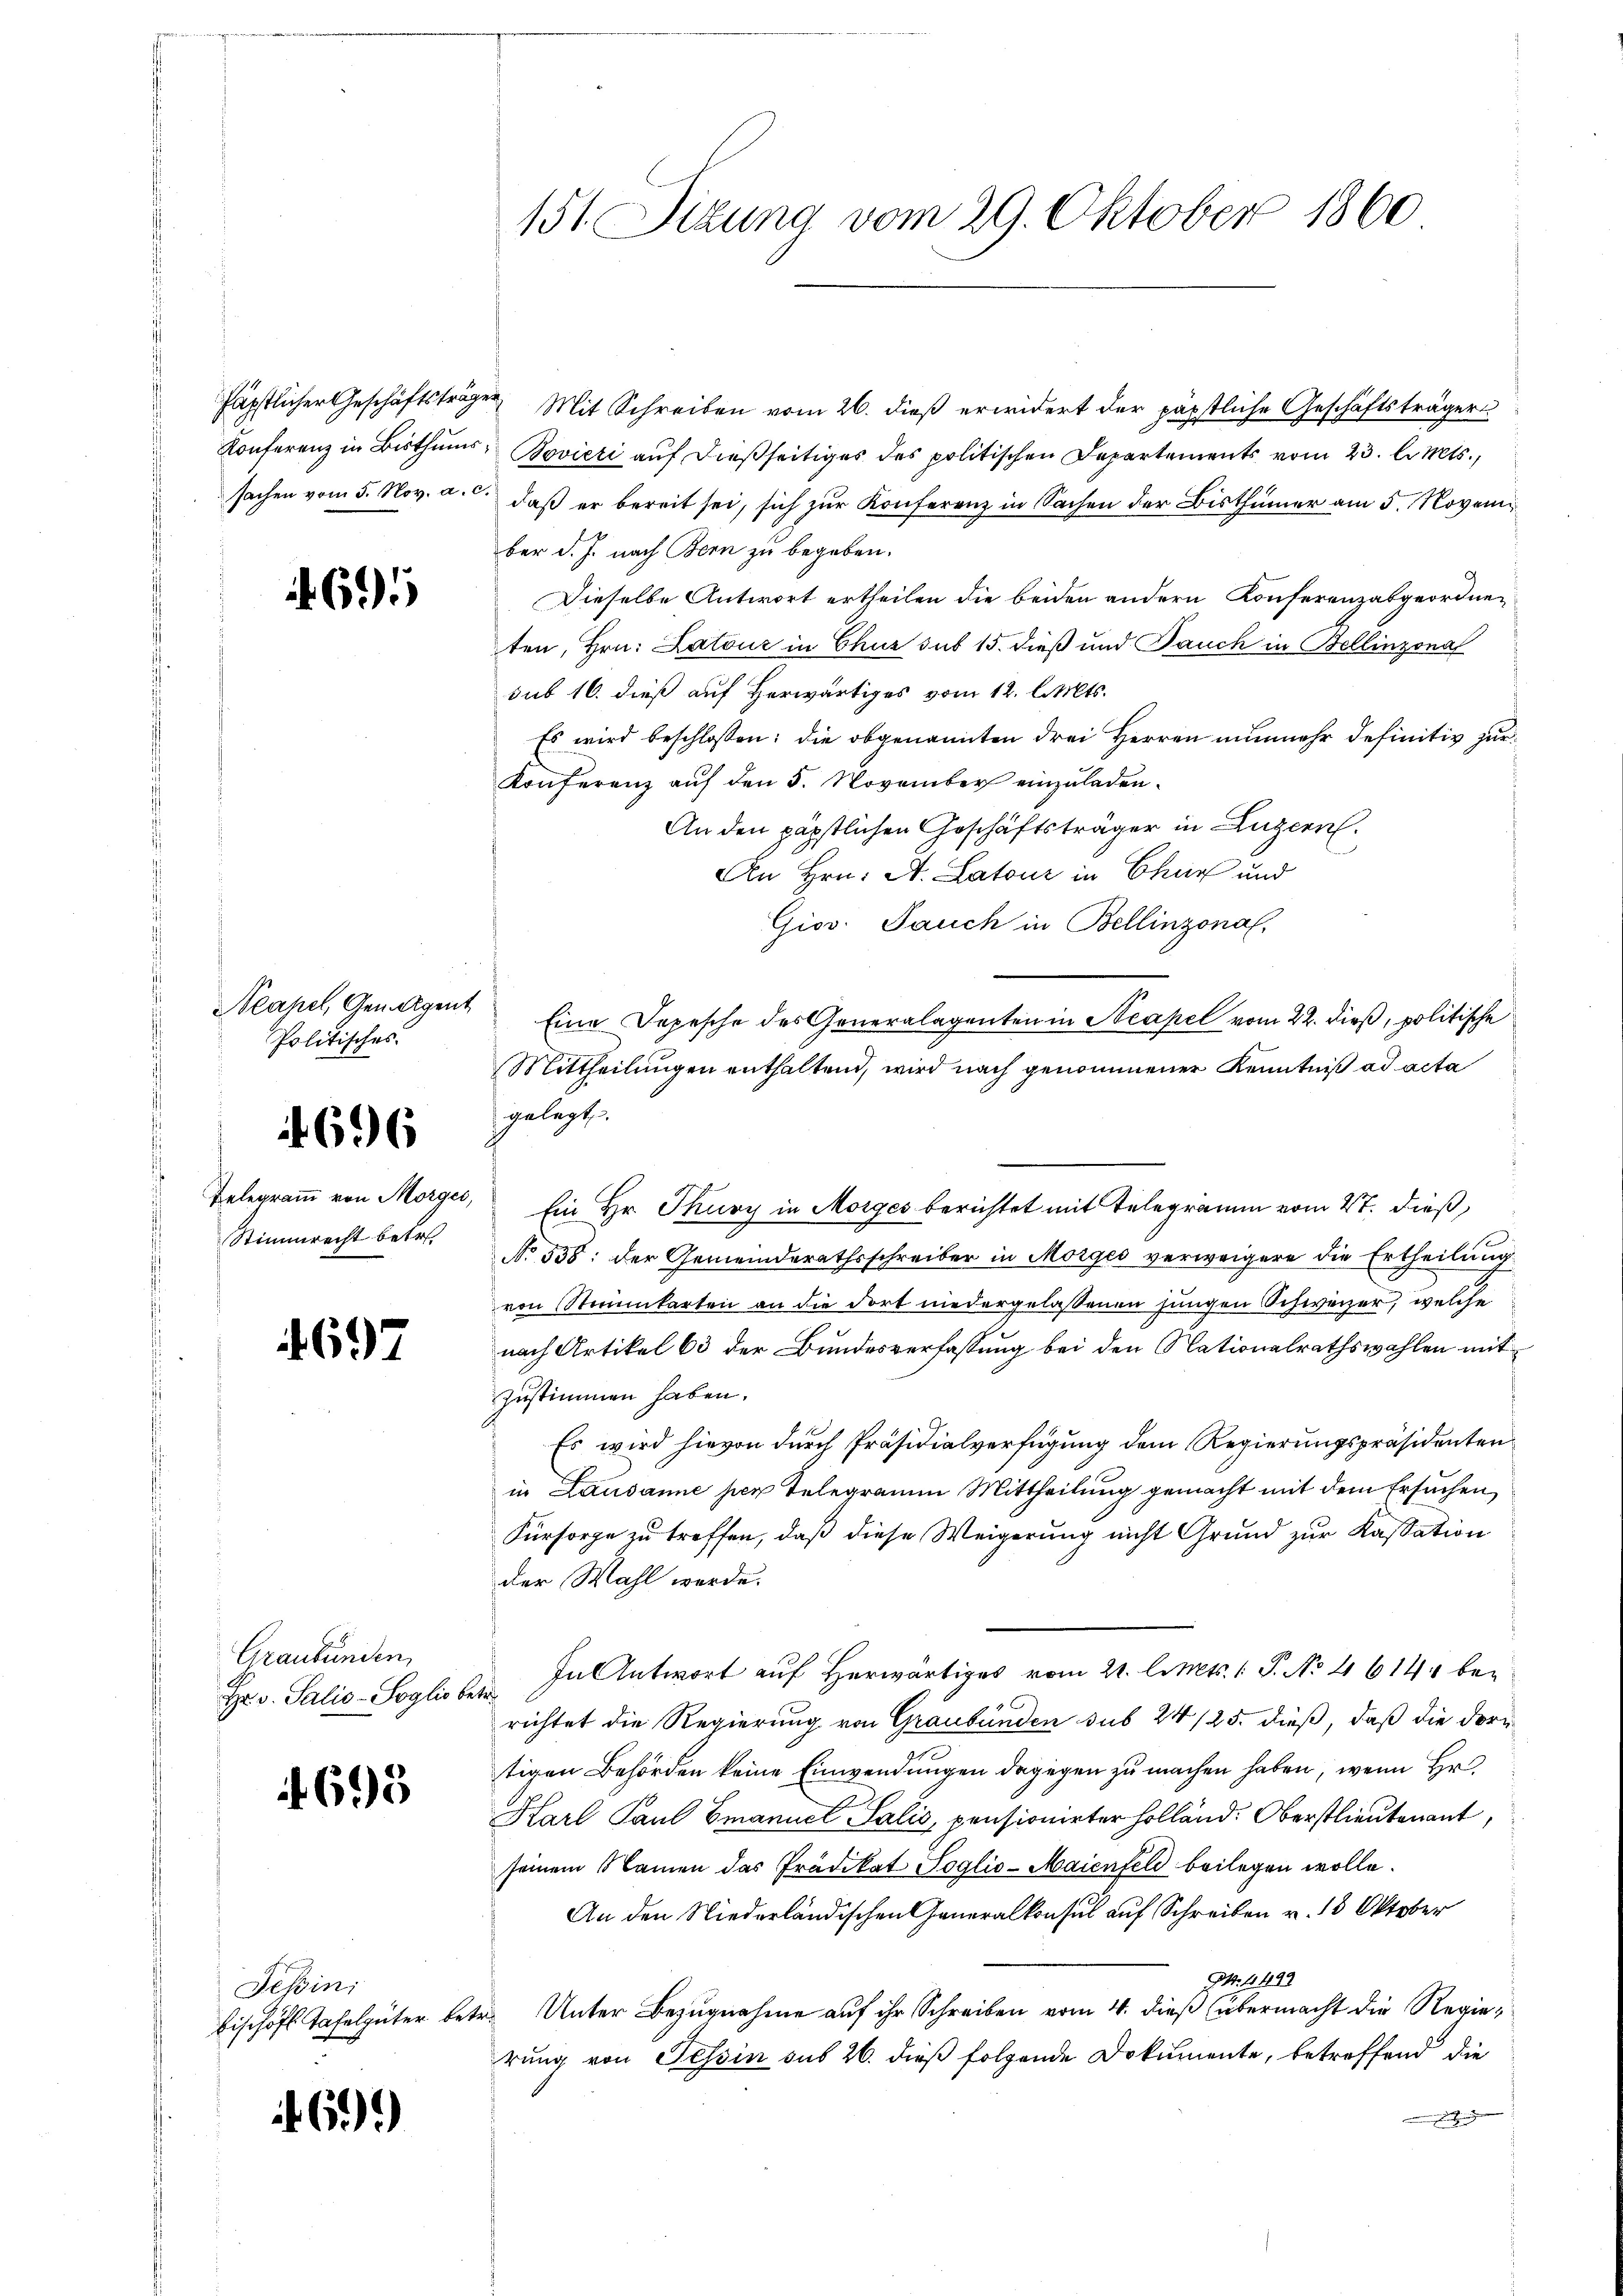
695

Neahel, Geneigent
Politisches

696

Belegramm von Morges
Stimmrecht betr.

697

Graubünden
Hr. v. Salis-Soglio be-

695

Tessin;
bischöfl Tafelgüter be¬

61).

151. Situng vom 29. Oktober 1860

ten, Hrn. Latour in Chur sub 15. dieß und Pauch in Bellinzona
sub 16. dieß auf Herwärtiges vom 12. l. Mts.
Es wird beschlossen; die obgenannten drei Herren nunmehr definitiv zur
Konferenz auf den 5. November einzuladen.
An den päpstlichen Geschäftsträger in Luzern
An Hrn. A. Latone in Chur und
Gios. Jauch in Bellinzona,
Eine Depesche des Generalagenten in Neapel vom 22. dieß, politische
Mittheilŭngen enthaltend, wird nach genommener Kenntniß ad acta
gelegt.
Ein Hr. Thury in Morges berichtet mit Telegramm vom 4t. dieß,
No 558: der Gemeinderathsschreiber in Morges verweigere die Ertheilung
von Steinkarten an die dort niedergelassenen jungen Schweizer, welche
nach Artikel 63 der Bundesverfassung bei den Nationalrathswahlen mit
zustimmen haben.
Es wird hievon durch Präsidialverfügung dem Regierungspräsidenten
in Lausanne per Telegramm Mittheilung gemacht mit dem Ersuchen,
Fürsorge zu treffen, daß diese Weigerung nicht Grund zur Kassation
der Wahl werde.
In Antwort auf Herwärtiges vom 21. l. Mts. 1 P. No 4 614 be¬
1
richtet die Regierung von Graubünden sub 24/25. dieß, daß die dortigen Behörden keine Einwendungen dagegen zu machen haben, wenn Hr
Karl Paul Emanuel Salis, pensionirter Holländ. Oberstlieutenant,
seinem Namen das Prädikat Soglio-Maienfeld beilegen wolle.
An den Niederländischen Generalkonsul auf Schreiben v. 13 Oktober
M. 4499
ses Unter Bezugnahme auf ihr Schreiben vom 4. dieß übermacht die Regierung von Tessin sus 26. dieß folgende Dokumente, betreffend die
h

häpstlicher Geschäftsträge Mit Schreiben vom 26. dieß erwidert der päpstliche Geschäftsträger
Konferenz in Bisthums- Bovieri auf dießseitiges des politischen Departements vom 23. l. Mts.,
sachen vom 5. Nov. a. c. daß er bereit sei, sich zur Konferenz in Sachen der Bisthümer am 5. November d. J. nach Bern zu begeben.
Dieselbe Antwort ertheilen die beiden andern Konferenzabgeordne¬